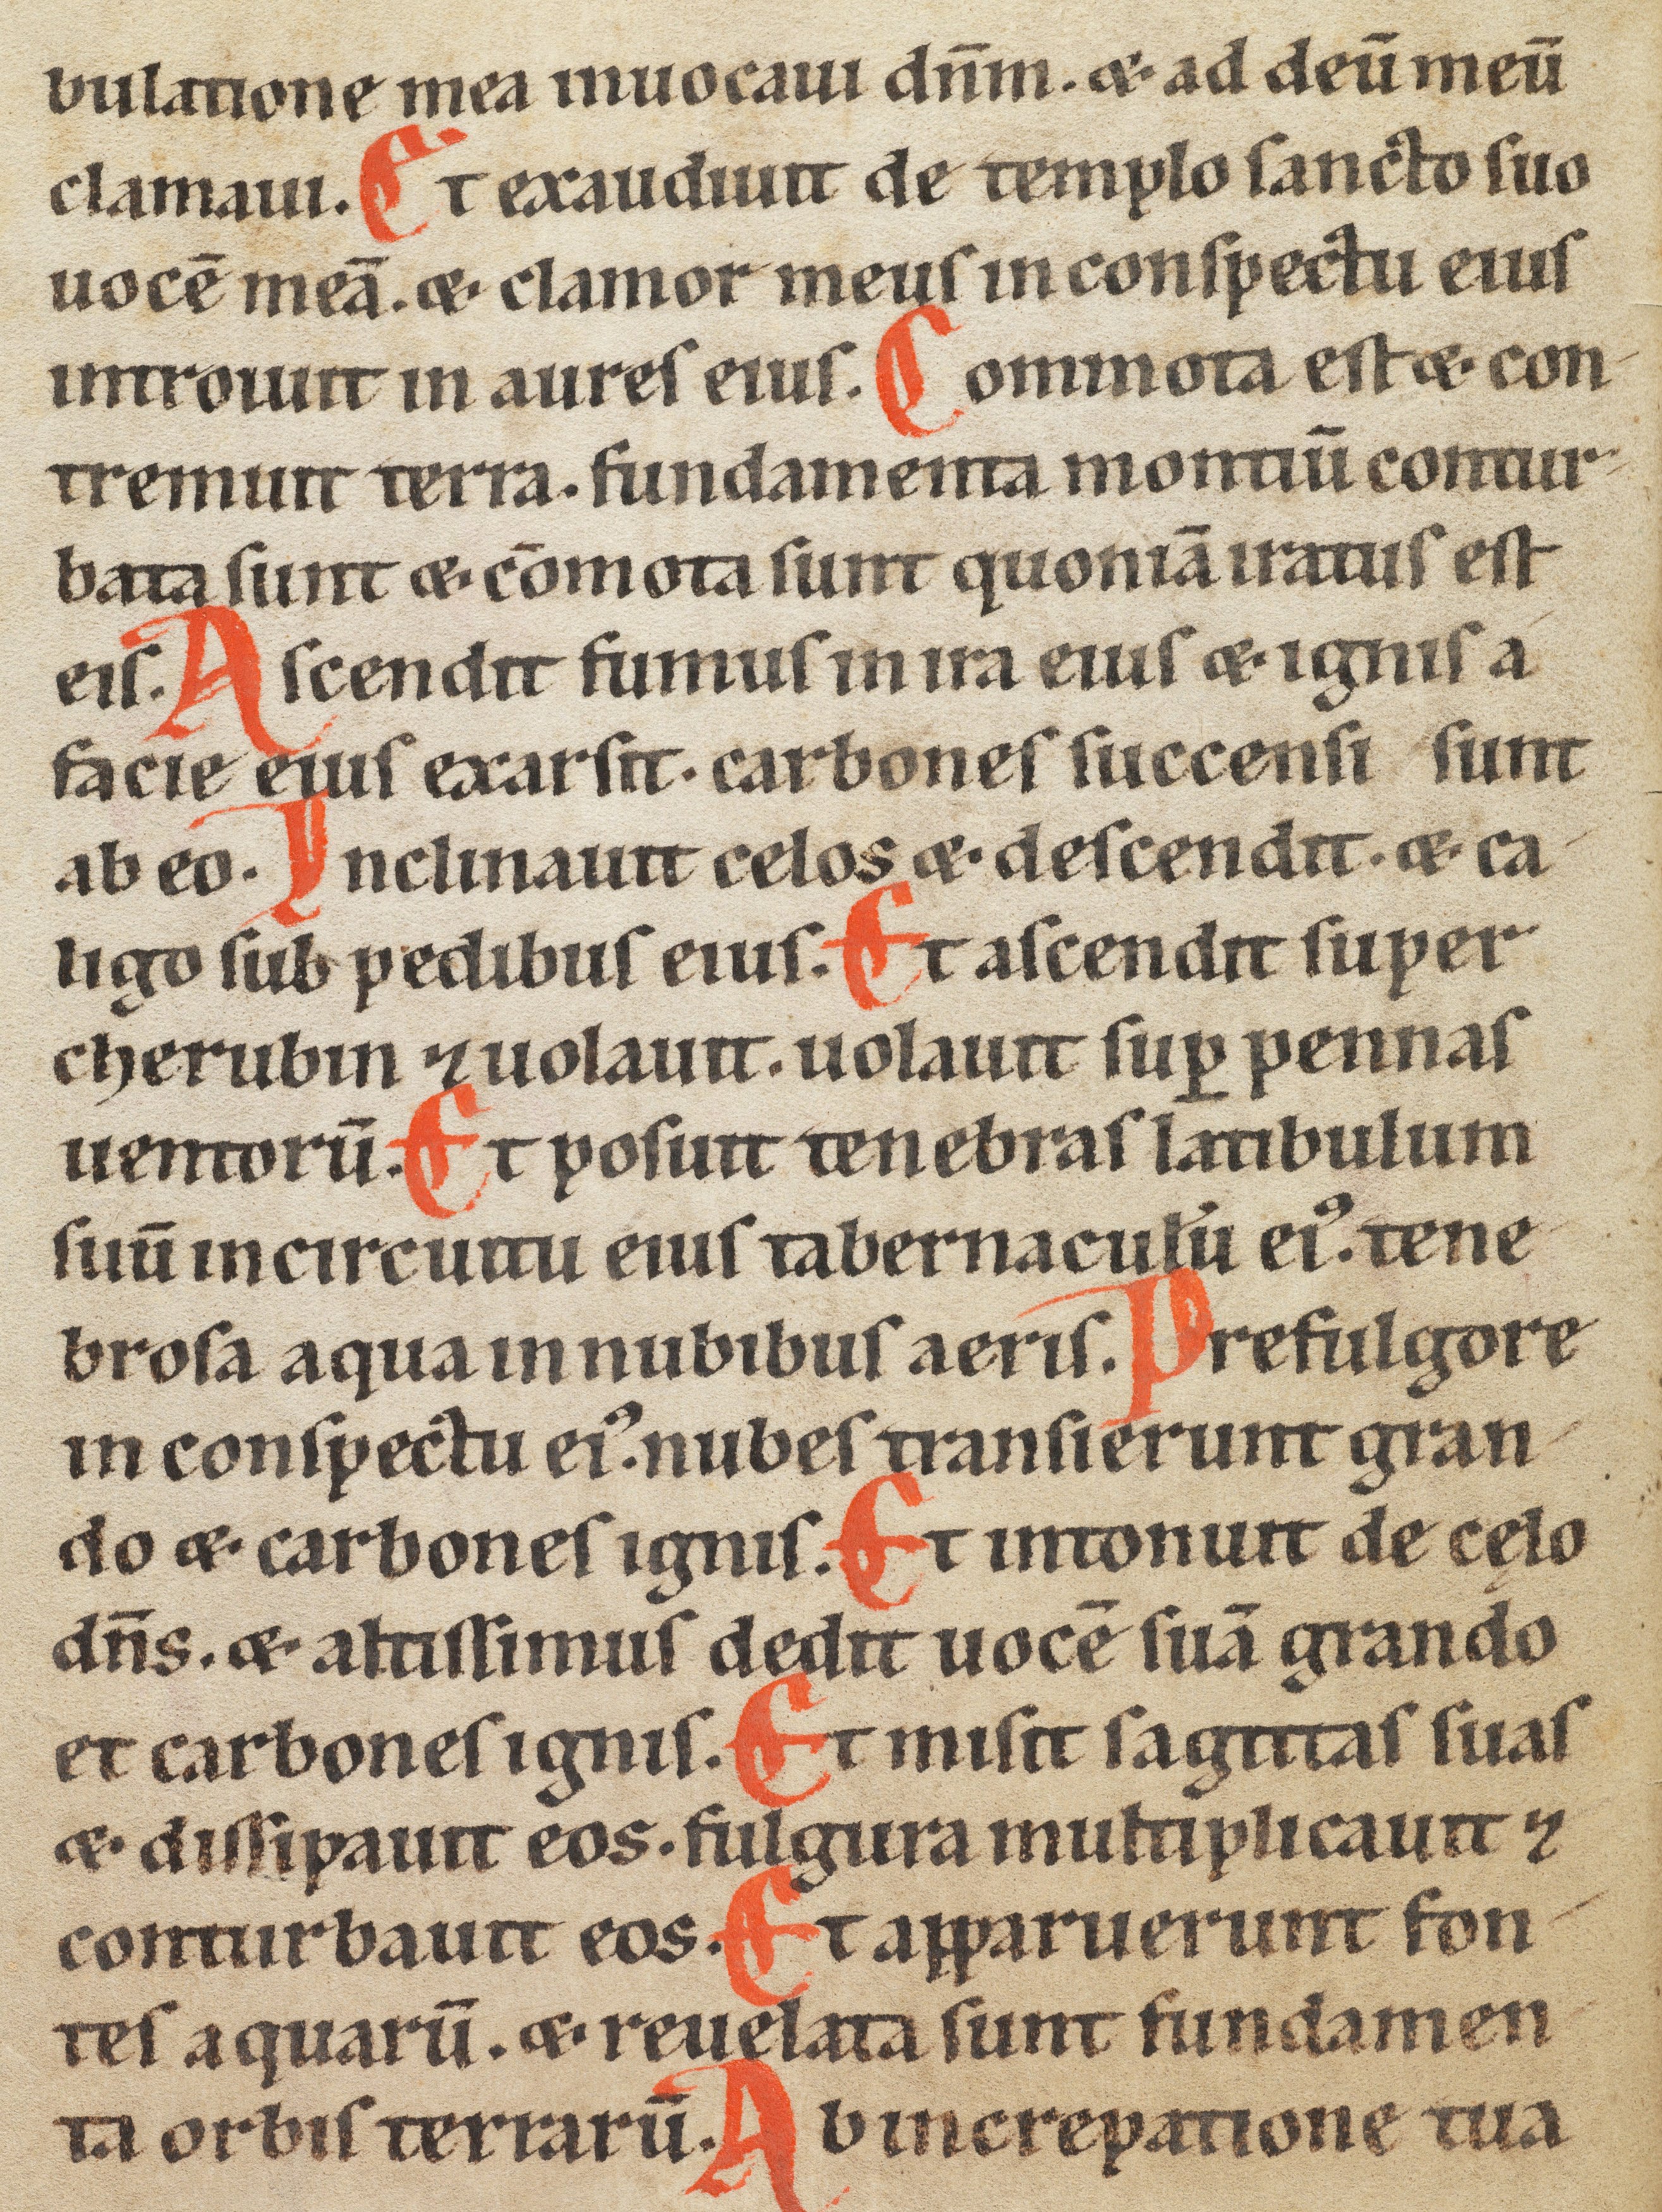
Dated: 1185–1249